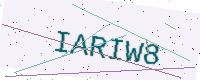
Text: IARIW8